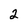
Character: 2